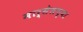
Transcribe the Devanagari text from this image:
मार्सेलच्या